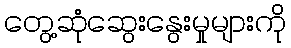
တွေ့ဆုံဆွေးနွေးမှုများကို